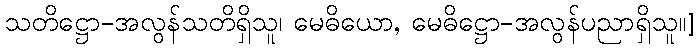
သတိဋ္ဌော-အလွန်သတိရှိသူ၊ မေဓိယော, မေဓိဋ္ဌော-အလွန်ပညာရှိသူ။]